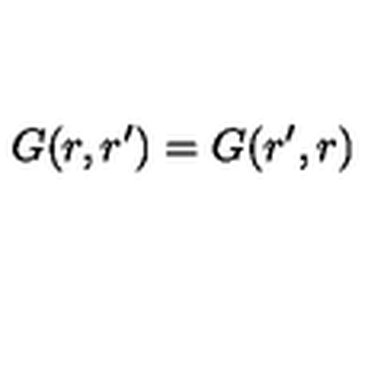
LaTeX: G ( r , r ^ { \prime } ) = G ( r ^ { \prime } , r )